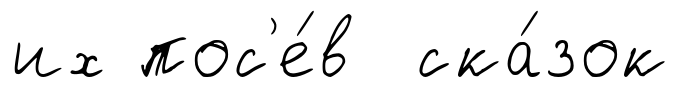
их пос'е́в ска́зок